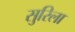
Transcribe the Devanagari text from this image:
सुरिला